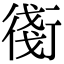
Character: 𧗸